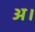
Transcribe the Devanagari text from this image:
अ।